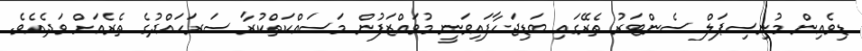
ޑިވެއިން މުނިސިޕަލް ސެންޓަރު ތެރޭގައި ބަޑިޖަހާފައިވަނީ މުވައްޒަފުން މަސައްކަތްކުރާ ސަރަހައްދުގެ ތެރެއަށް ވަދެއެވެ.